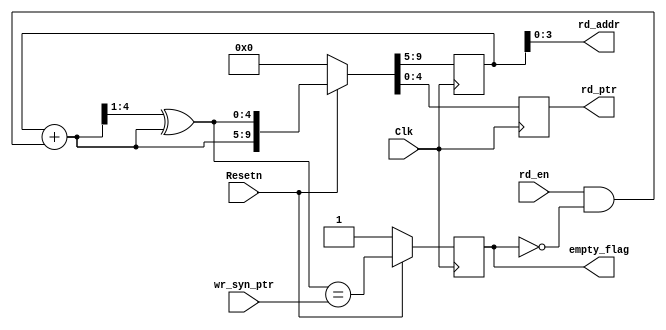
module empty_logic
#(
    parameter a_width = 4
)
(   
    input                Clk, Resetn, rd_en,
    input  [a_width:0]   wr_syn_ptr,
    output [a_width:0]   rd_ptr, 
    output [a_width-1:0] rd_addr,
    output               empty_flag
);

    reg [a_width:0] bin_code, rptr;
    wire empty_flag_val;
    reg  empty_flag_reg;
    wire [a_width:0] gray_code_next, bin_code_next;

    always @(posedge Clk) begin
        if (Resetn == 1'b0) 
            {bin_code, rptr} <= 0;
        else
            {bin_code, rptr} <= {bin_code_next, gray_code_next};
    end

    assign rd_ptr = rptr;
    assign rd_addr = bin_code[a_width-1:0];
    assign bin_code_next = bin_code + (rd_en & ~ empty_flag_reg);
    assign gray_code_next = (bin_code_next >> 1) ^ bin_code_next;

    // ************ Empty_Condition *********** //
    assign empty_flag_val = (gray_code_next == wr_syn_ptr);

    always @(posedge Clk) begin
        if (Resetn == 1'b0)
            empty_flag_reg <= 1'b1;
        else
            empty_flag_reg <= empty_flag_val; 
    end

    assign empty_flag = empty_flag_reg;
endmodule